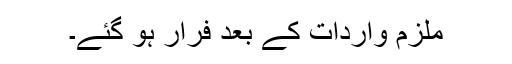
ملزم واردات کے بعد فرار ہو گئے۔